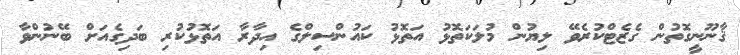
ޤާނޫނީގޮތުން ގެޒެޓްކުރެވޭ ލިޔުން މުލަކަތޮޅު އަތޮޅު ކައުންސިލްގެ އިދާރާ އަތޮޅުކުރި ބަދިގެއަށް ބޭނުންވާ